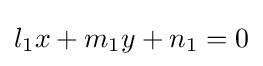
l_{1}x+m_{1}y+n_{1}=0